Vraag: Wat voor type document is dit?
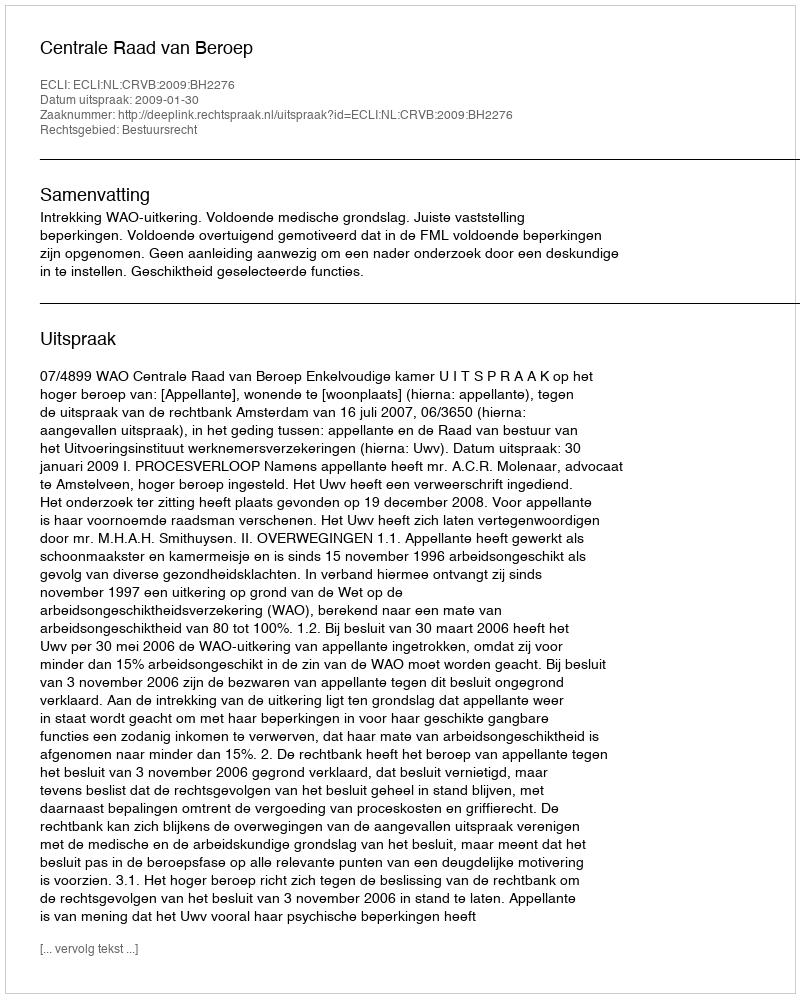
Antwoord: Uitspraak